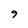
Character: 9